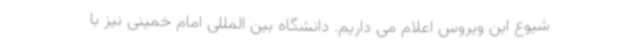
شیوع این ویروس اعلام می داریم. دانشگاه بین المللی امام خمینی نیز با